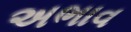
અભાવ